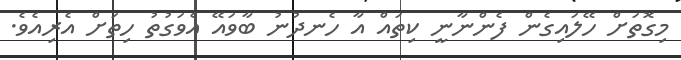
މިގޮތަށް ހޭލައިގެން ފެންނާނީ ކިތައް އާ ހެނދުނު ބާވައޭ އެވަގުތު ހިތަށް އެރިއެވެ.